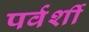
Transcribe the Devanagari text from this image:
पर्वर्शी